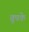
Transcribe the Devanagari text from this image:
वूपके